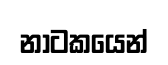
නාටකයෙන්